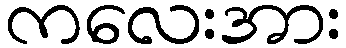
ကလေးအား